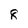
Character: 8